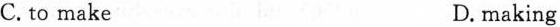
C. to make D.making